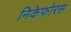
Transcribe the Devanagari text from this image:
निकेफोरस